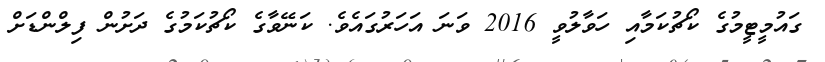
ގައުމީޓީމުގެ ކޯޗުކަމާއި ހަވާލުވީ 2016 ވަނަ އަހަރުގައެވެ. ކަނޭވާގެ ކޯޗުކަމުގެ ދަށުން ފިލްންޑަށް